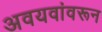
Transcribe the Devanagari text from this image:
अवयवांवरून